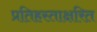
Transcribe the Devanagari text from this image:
प्रतिहस्ताक्षरित